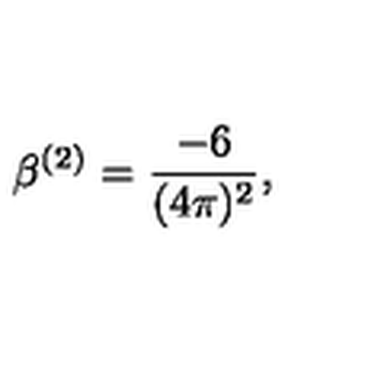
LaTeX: \beta ^ { ( 2 ) } = \frac { - 6 } { ( 4 \pi ) ^ { 2 } } ,